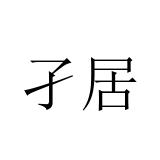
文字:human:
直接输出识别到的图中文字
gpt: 孑居